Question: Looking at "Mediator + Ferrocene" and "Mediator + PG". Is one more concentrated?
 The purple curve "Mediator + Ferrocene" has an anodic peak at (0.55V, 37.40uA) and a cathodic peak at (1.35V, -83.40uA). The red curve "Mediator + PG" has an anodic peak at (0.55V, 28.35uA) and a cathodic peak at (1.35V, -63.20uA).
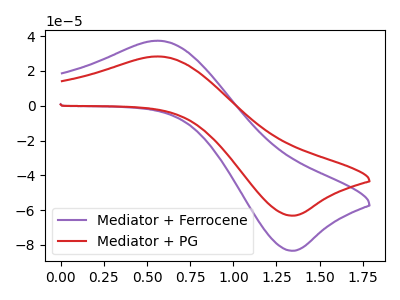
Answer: <think>All the peaks in "Mediator + Ferrocene" have a peak in "Mediator + PG" at the same potential. Every peak in "Mediator + Ferrocene" is higher than every peak in "Mediator + PG".
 </think>
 <answer>"Mediator + Ferrocene" has more signal than "Mediator + PG" and so likely has a higher concentration.</answer>
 <eval>more_concentration</eval>